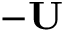
- \mathbf { U }